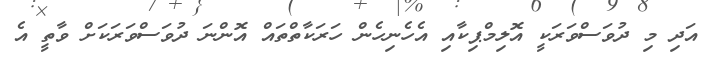
އަދި މި ދުވަސްވަރަކީ އޮލިމްޕިކާއި އެހެނިހެން ހަރަކާތްތައް އޮންނަ ދުވަސްވަރަކަށް ވާތީ އެ